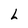
Character: L